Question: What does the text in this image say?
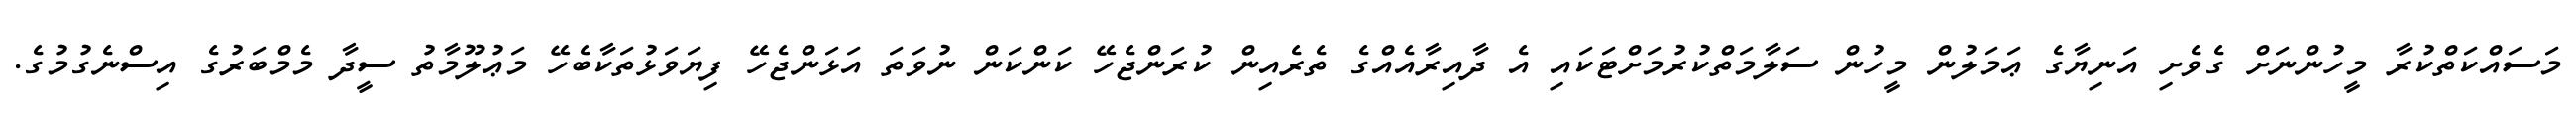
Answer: މަސައްކަތްކުރާ މީހުންނަށް ގެވެށި އަނިޔާގެ ޢަމަލުން މީހުން ސަލާމަތްކުރުމަށްޓަކައި އެ ދާއިރާއެއްގެ ތެރެއިން ކުރަންޖެހޭ ކަންކަން ނުވަތަ އަޅަންޖެހޭ ފިޔަވަޅުތަކާބެހޭ މަޢުލޫމާތު ސީދާ މެމްބަރުގެ އިސްނެގުމުގެ.